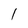
Character: l